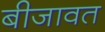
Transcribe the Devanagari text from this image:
बीजावत